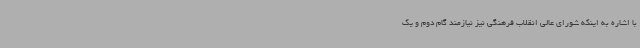
با اشاره به اینکه شورای عالی انقلاب فرهنگی نیز نیازمند گام دوم و یک